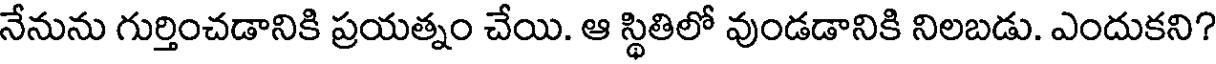
నేనును గుర్తించడానికి ప్రయత్నం చేయి. ఆ స్థితిలో వుండడానికి నిలబడు. ఎందుకని?